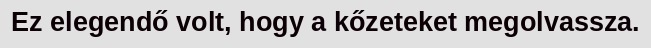
Ez elegendő volt, hogy a kőzeteket megolvassza.